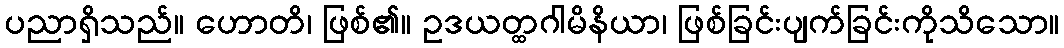
ပညာရှိသည်။ ဟောတိ၊ ဖြစ်၏။ ဥဒယတ္ထဂါမိနိယာ၊ ဖြစ်ခြင်းပျက်ခြင်းကိုသိသော။